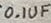
Text: 0.1UF